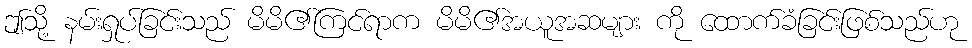
ဤသို့ နမ်းရှုပ်ခြင်းသည် မိမိ၏ကြင်ရာက မိမိ၏အယူအဆများ ကို ထောက်ခံခြင်းဖြစ်သည်ဟု